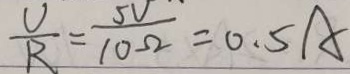
\frac { U } { R } = \frac { 5 V } { 1 0 \Omega } = 0 . 5 A